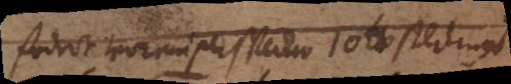
fodert vor ein perspectiv 10 sterlings